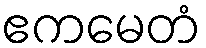
ဧကမေတံ